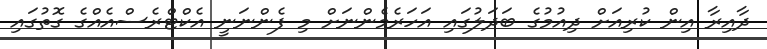
ދާއިރާ އިން ކުރިއަށް ދިއުމުގެ ބަދަލުގައި އަހަރެމެންނަށް މި ފެންނަނީ އެކްޓްރެސްއެއްގެ ގޮތުގައި